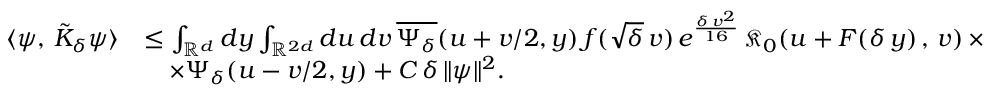
\begin{array} { r l } { \langle \psi , \, \tilde { K } _ { \delta } \psi \rangle } & { \leq \int _ { \mathbb { R } ^ { d } } d y \int _ { \mathbb { R } ^ { 2 d } } d u \, d v \, \overline { { \Psi _ { \delta } } } ( u + v / 2 , y ) \, f ( \sqrt { \delta } \, v ) \, e ^ { \frac { \delta \, v ^ { 2 } } { 1 6 } } \, \mathfrak { K } _ { 0 } ( u + F ( \delta \, y ) \, , \, v ) \, \times } \\ & { \quad \times { \Psi _ { \delta } } ( u - v / 2 , y ) + C \, \delta \, \Vert \psi \Vert ^ { 2 } . } \end{array}